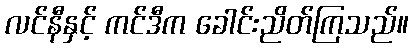
လင်နီနှင့် ကင်ဒီက ခေါင်းညိတ်ကြသည်။